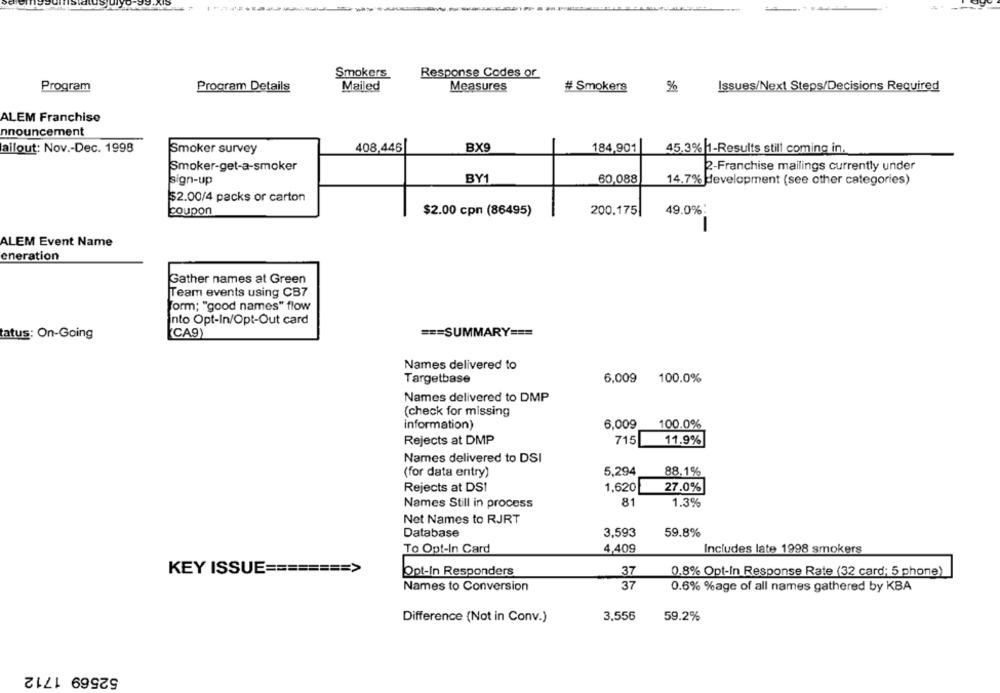
Smokers
Response Codes or
Program
Program Details
Mailed
Measures
# Smokers
%
Issues/Next Steps/Decisions Required
ALEM Franchise
nnouncement
ailout: Nov .- Dec. 1998
Smoker survey
408,446
BX9
184,901
45.3% |1-Results still coming in.
Smoker-get-a-smoker
2-Franchise mailings currently under
BY1
60,088
sign-up
14.7% development (see other categories)
$2.00/4 packs or carton
coupon
$2.00 cpn (86495)
200.175|
49.0%:
ALEM Event Name
eneration
Gather names at Green
Team events using CB7
form; "good names" flow
nto Opt-In/Opt-Out card
(CA9)
=== SUMMARY ===
tatus: On-Going
Names delivered to
Targetbase
6.009 100.0%
Names delivered to DMP
(check for missing
information)
6,009
100.0%
Rejects at DMP
715
11.9%
Names delivered to DSI
5,294
88.1%
(for data entry)
Rejects at DS!
1,620
27.0%
Names Still in process
81
1.3%
Net Names to RJRT
Database
3,593
59.8%
To Opt-In Card
4,409
Includes late 1998 smokers
KEY ISSUE ======== >
Opt-In Responders
37
0,8% Opt-In Response Rate (32 card; 5 phone)
Names to Conversion
37
0.6% %age of all names gathered by KBA
3.556
Difference (Not in Conv.)
59.2%
52569 1712